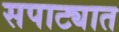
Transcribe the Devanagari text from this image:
सपाट्यात